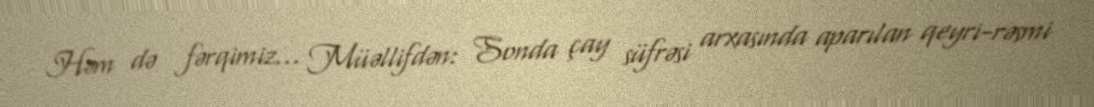
Həm də fərqimiz... Müəllifdən: Sonda çay süfrəsi arxasında aparılan qeyri-rəsmi